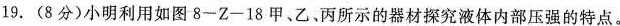
19.(8分)小明利用如图8-Z-18甲、乙、丙所示的器材探究液体内部压强的特点。